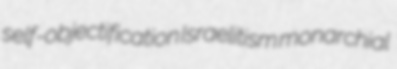
self-objectification Israelitism monarchial